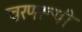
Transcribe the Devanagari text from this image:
चरणरूपी